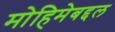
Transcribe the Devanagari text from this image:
मोहिमेबद्दल